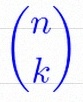
\binom{n}{k}